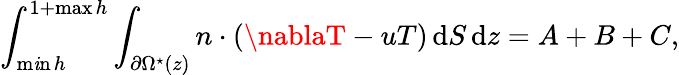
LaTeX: \int_{\operatorname*{m\mathit{i}n}h}^{1+\operatorname*{max}h}\int_{\partial\Omega^{\star}(z)}n\cdot(\nablaT-uT)\, \mathrm{d}S\, \mathrm{d}z=A+B+C,